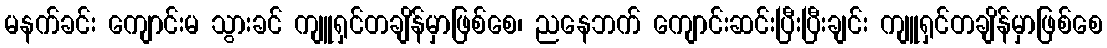
မနက်ခင်း ကျောင်းမ သွားခင် ကျူရှင်တချိန်မှာဖြစ်စေ၊ ညနေဘက် ကျောင်းဆင်းပြီးပြီးချင်း ကျူရှင်တချိန်မှာဖြစ်စေ